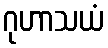
ဂုဟာသယံ